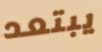
يبتعد